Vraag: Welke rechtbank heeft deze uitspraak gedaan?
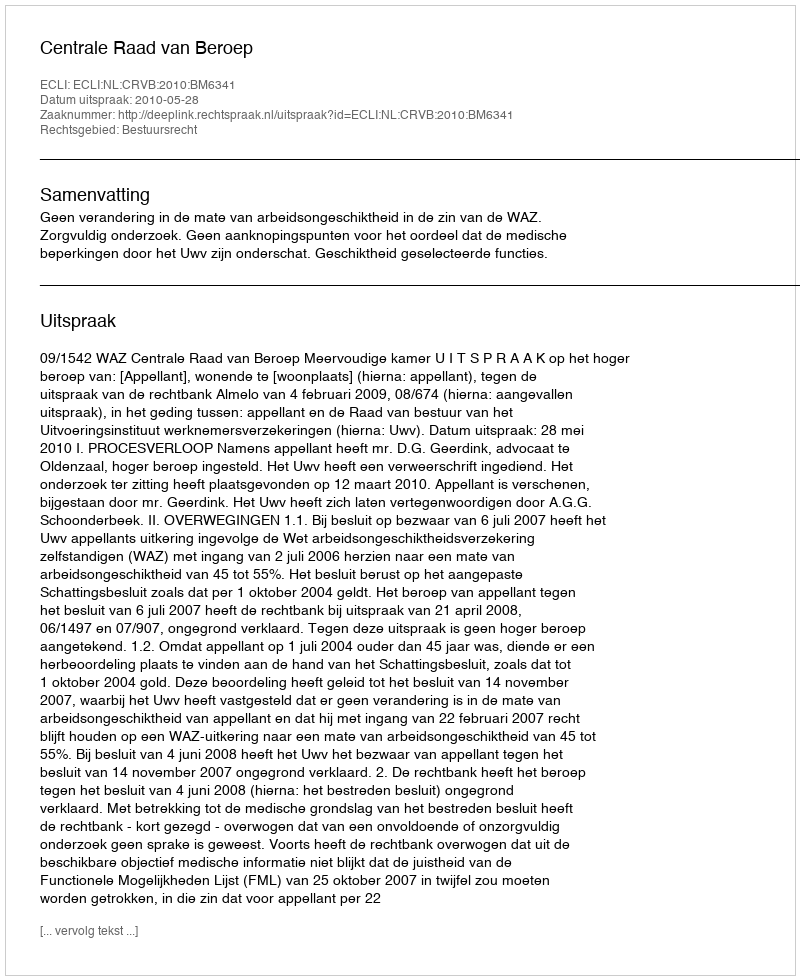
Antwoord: Centrale Raad van Beroep